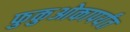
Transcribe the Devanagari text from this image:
फुकुओकापर्यंत